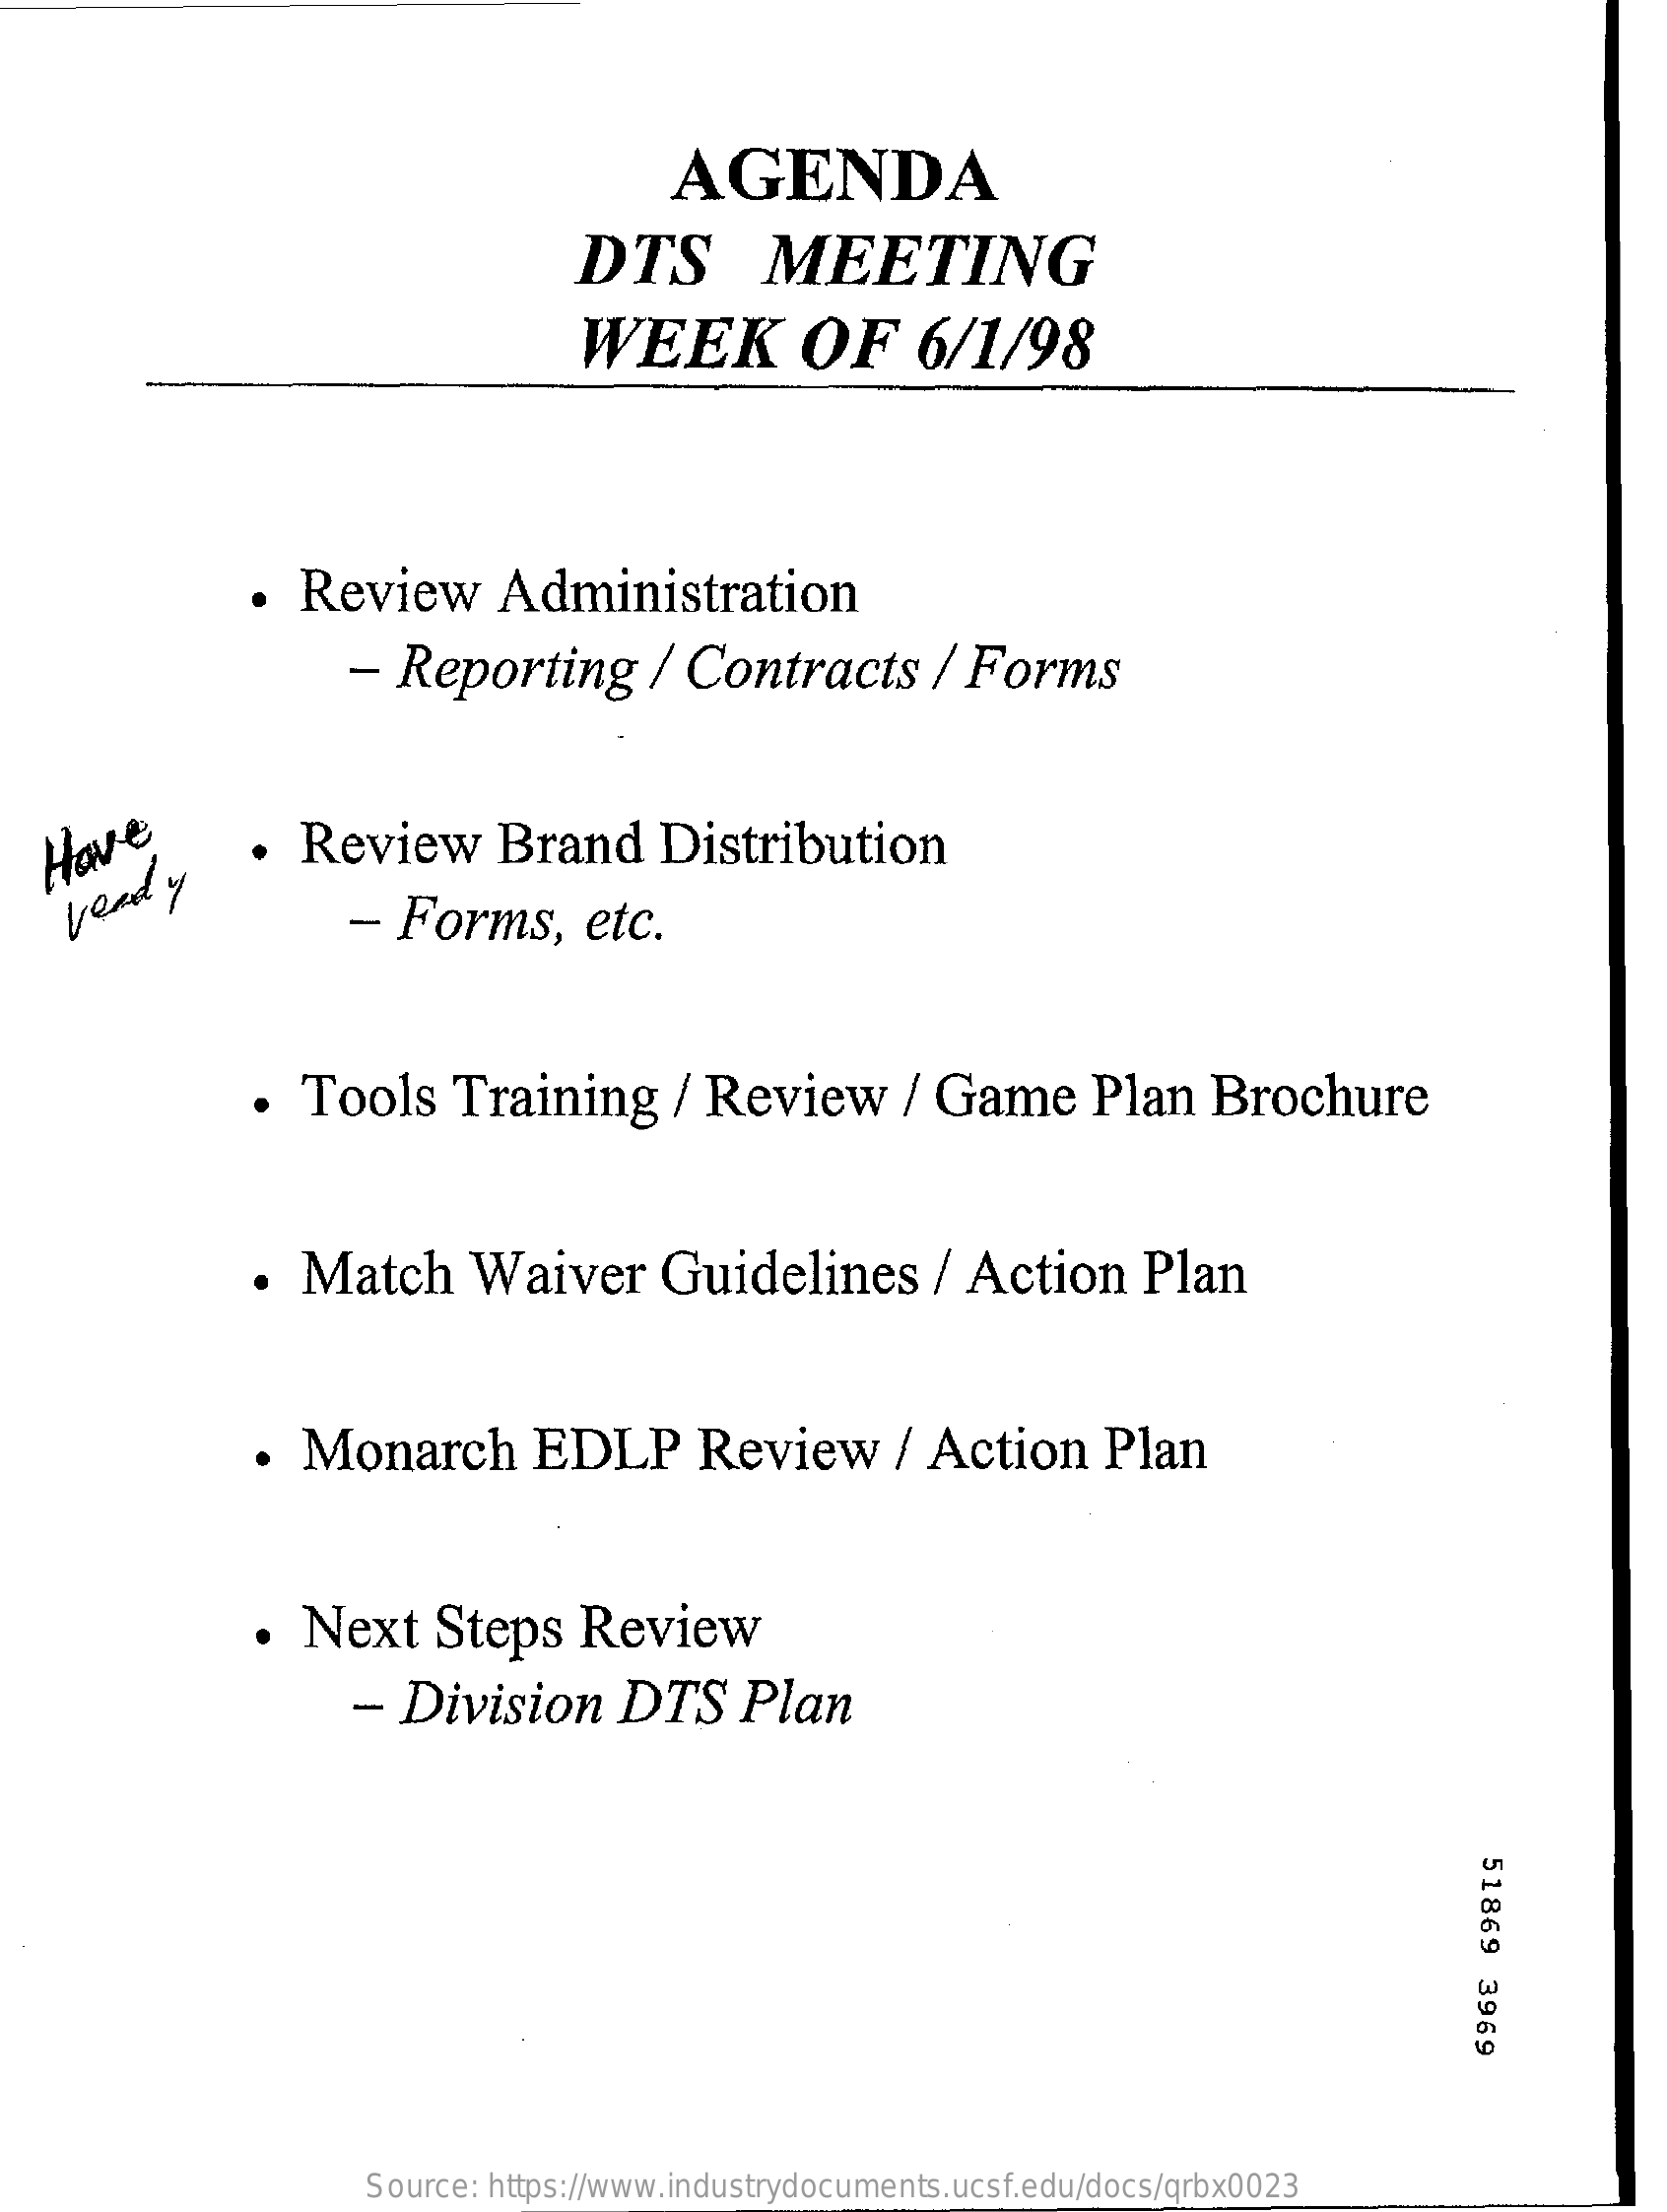
AGENDA
     DTS    MEETING
     WEEK    OF    6/1/98
     ·  Review    Administration
     -  Reporting    / Contracts    / Forms
  Have    Review    Brand    Distribution
    verdy    -  Forms,    etc.
     ·  Tools    Training    / Review    / Game    Plan    Brochure
     .  Match    Waiver    Guidelines    / Action    Plan
     .  Monarch    EDLP    Review    / Action    Plan
     ·  Next    Steps    Review
     - Division    DTS    Plan
     51869
     3969
     Source: https://www.industrydocuments.ucsf.edu/docs/qrbx0023